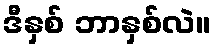
ဒီနှစ် ဘာနှစ်လဲ။